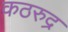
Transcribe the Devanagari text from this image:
कठरुद्र